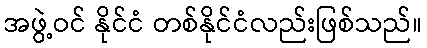
အဖွဲ့ဝင် နိုင်ငံ တစ်နိုင်ငံလည်းဖြစ်သည်။